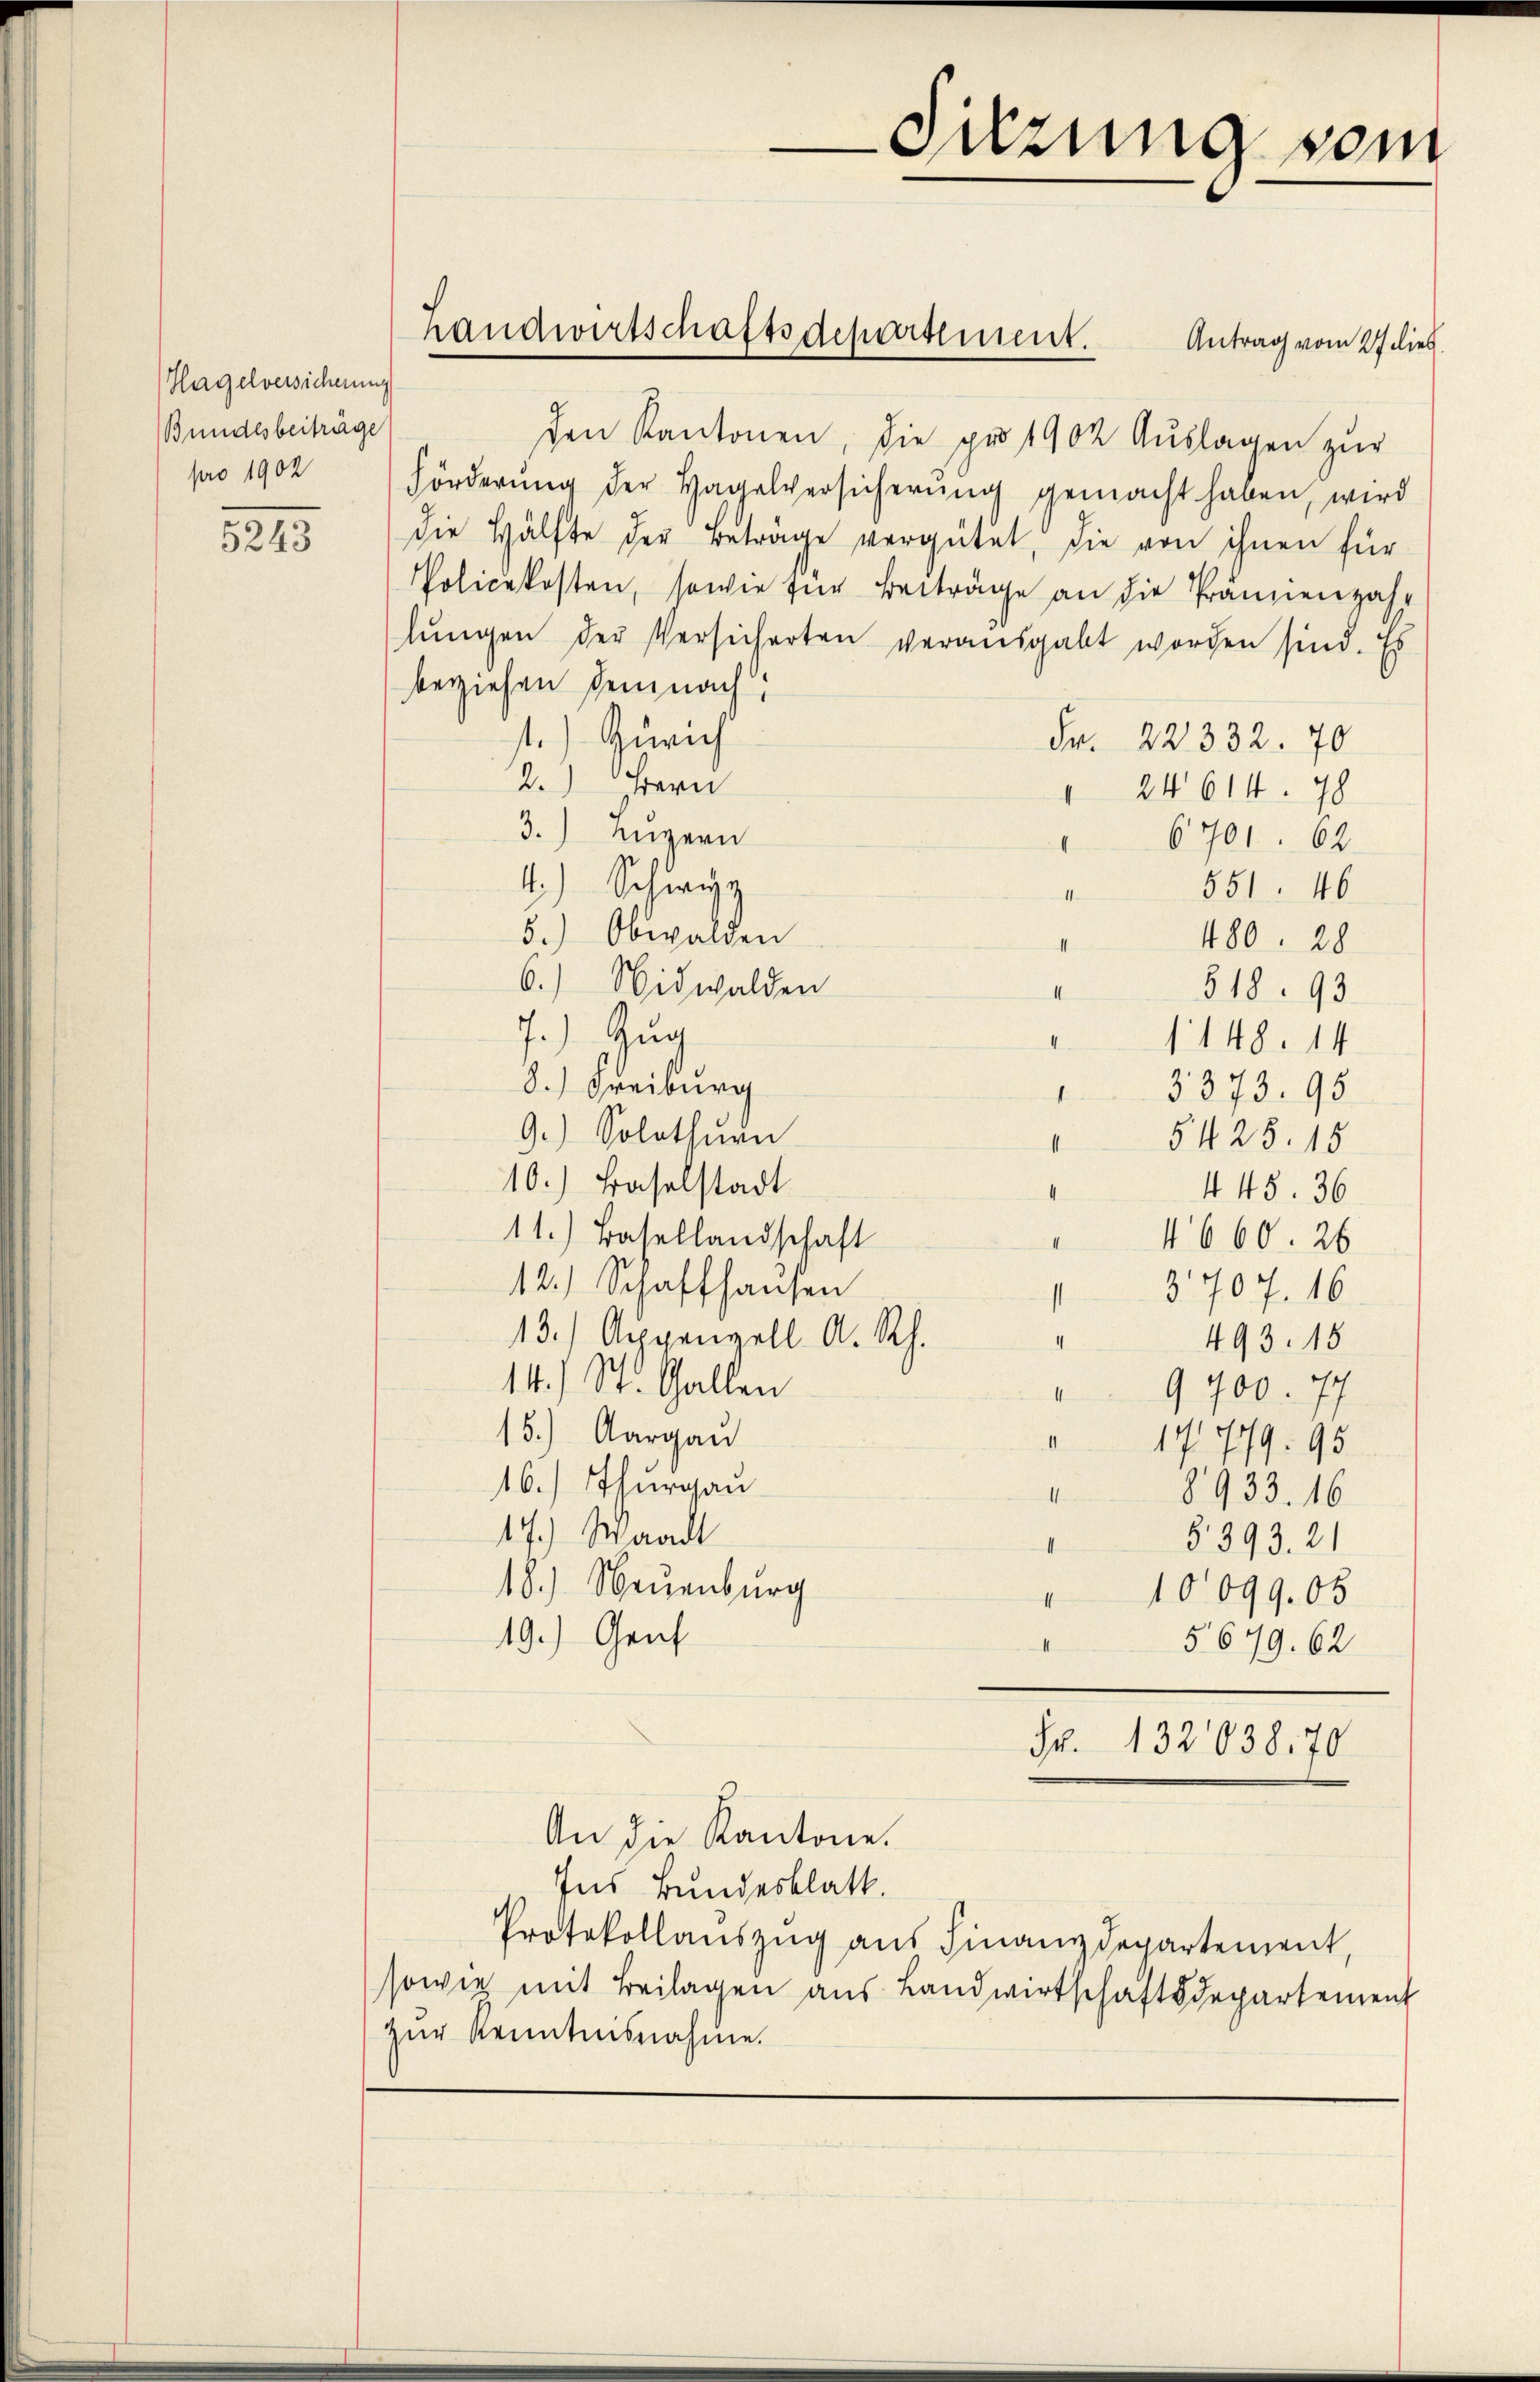
Hagelversicherung
Bundesbeiträge
pro 1902

5243

den Kantonen, die pro 1902 Auslagen zur
Förderŭng der Hagelversicherŭng gemacht haben, wird
die Hälfte der Beträge vergütet, die von ihnen für
PPolicekosten, sowie für Beiträge an die Prännenzahlŭngen der Versicherten veraŭsgabt worden sind. Es
beziehen dein nach
1) Zürich
Fr. 22332. 70
2.) Bern
 24614. 78
3.) Luzern
6701. 62
4
4.) Schwyz
551. 46
11
5.) Obwalden
480. 28
6.) Nidwalden
518. 93
.
7.) Zug
1148. 14
8.) Freiburg
3373. 95
1
9.) Solothurn
5425. 15
1
10.) Baselstadt
445. 36
11.) Basellandschaft
4660. 26
12.) Schaffhausen
3707. 16
13.) Appenzell A. Rh.
493. 16
14.) St. Gallen
9400. 77
15.) Aargau
1779. 95
16.) Thurgau
8933. 16
17.) Waadt
§393. 21
18.) Neuenburg
10099. 05
I
19.) Genf
5679. 62.
II

Landwirtschaftsdepartement. Antrag vom 27 dies

Sitzung vom

Fr. 132038,70

An die Kantone.
Ins Bundesblatt.
Protokollaŭszŭg aŭs Finanzdepartement,
sowie mit Beilagen aus Landwirtschaftsdepartement
zur Kenntnisnahme.